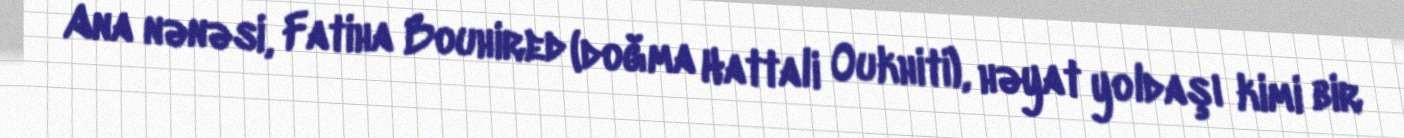
Ana nənəsi, Fatiha Bouhired (doğma Hattali Oukhiti), həyat yoldaşı kimi bir